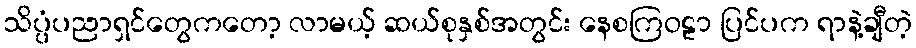
သိပ္ပံပညာရှင်တွေကတော့ လာမယ့် ဆယ်စုနှစ်အတွင်း နေစကြဝဠာ ပြင်ပက ရာနဲ့ချီတဲ့